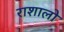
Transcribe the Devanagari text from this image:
राशालो